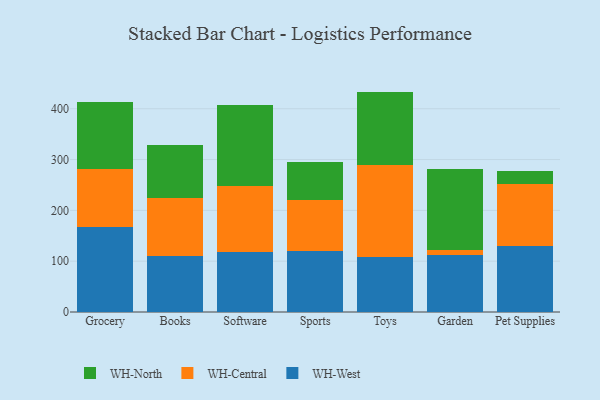
{"axis": {"x": "Category", "y": "Latency (ms)"}, "legend": ["WH-Central", "WH-North", "WH-West"], "data": [{"x": "Grocery", "y": 168.0, "type": "WH-West"}, {"x": "Grocery", "y": 114.2, "type": "WH-Central"}, {"x": "Grocery", "y": 131.0, "type": "WH-North"}, {"x": "Books", "y": 110.2, "type": "WH-West"}, {"x": "Books", "y": 114.3, "type": "WH-Central"}, {"x": "Books", "y": 105.1, "type": "WH-North"}, {"x": "Software", "y": 117.8, "type": "WH-West"}, {"x": "Software", "y": 130.0, "type": "WH-Central"}, {"x": "Software", "y": 159.6, "type": "WH-North"}, {"x": "Sports", "y": 120.3, "type": "WH-West"}, {"x": "Sports", "y": 100.2, "type": "WH-Central"}, {"x": "Sports", "y": 75.6, "type": "WH-North"}, {"x": "Toys", "y": 108.7, "type": "WH-West"}, {"x": "Toys", "y": 179.8, "type": "WH-Central"}, {"x": "Toys", "y": 145.2, "type": "WH-North"}, {"x": "Garden", "y": 111.4, "type": "WH-West"}, {"x": "Garden", "y": 11.5, "type": "WH-Central"}, {"x": "Garden", "y": 158.8, "type": "WH-North"}, {"x": "Pet Supplies", "y": 130.7, "type": "WH-West"}, {"x": "Pet Supplies", "y": 121.2, "type": "WH-Central"}, {"x": "Pet Supplies", "y": 26.1, "type": "WH-North"}]}